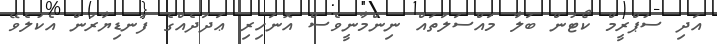
އަދި ސުޕްރީމް ކޯޓުން ބަލާ މައްސަލަތައް ނިންމާނީވެސް އޮނަހިރި ޢަދަދެއްގެ ފަނޑިޔާރުން އެކުލެވޭ